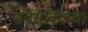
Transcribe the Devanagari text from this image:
सर्वसर्विकया